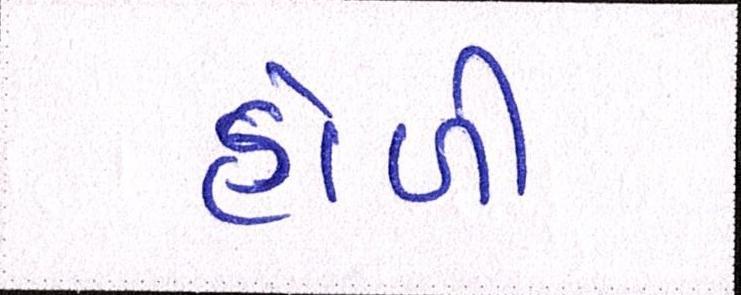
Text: હોળી